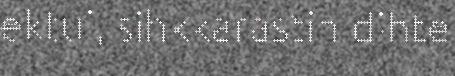
ektui, sihkkarastin dihte